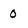
Character: 0